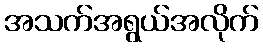
အသက်အရွယ်အလိုက်